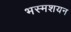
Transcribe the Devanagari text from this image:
भस्मशयन